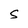
Character: S